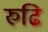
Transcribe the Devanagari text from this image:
रुढि